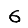
Digit: 6